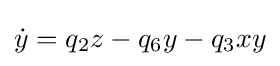
{\dot {y}}=q_{2}z-q_{6}y-q_{3}xy